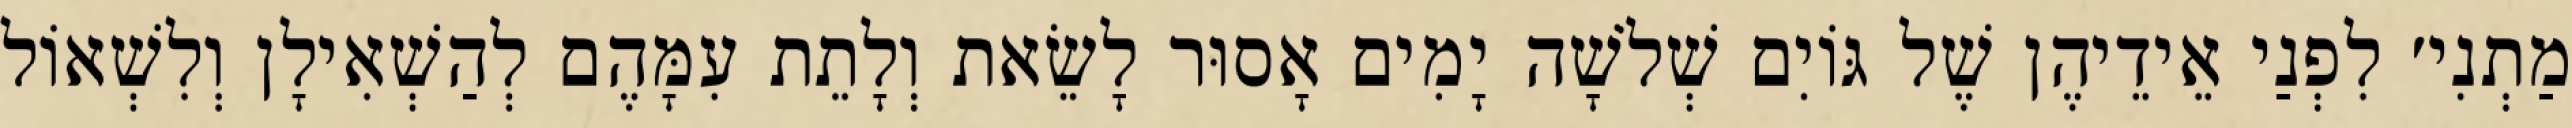
מַתְנִי׳ לִפְנַי אֵידֵיהֶן שֶׁל גּוֹיִם שְׁלֹשָׁה יָמִים אָסוּר לָשֵׂאת וְלָתֵת עִמָּהֶם לְהַשְׁאִילָן וְלִשְׁאוֹל